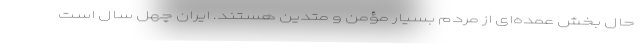
حال بخش عمده‌ای از مردم بسیار مؤمن و متدین هستند. ایران چهل سال است